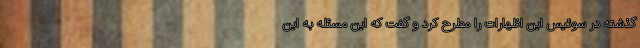
گذشته در سوئیس این اظهارات را مطرح کرد و گفت که این مسئله به این